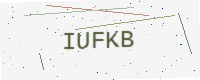
Text: IUFKB